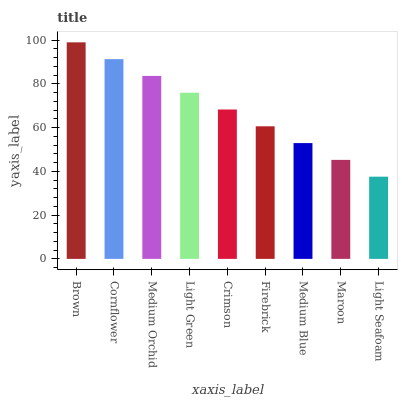
| xaxis_label | bars |
 | --- | --- |
 | Brown | 99 |
 | Cornflower | 91.3 |
 | Medium Orchid | 83.6 |
 | Light Green | 76 |
 | Crimson | 68.3 |
 | Firebrick | 60.6 |
 | Medium Blue | 52.9 |
 | Maroon | 45.3 |
 | Light Seafoam | 37.6 |